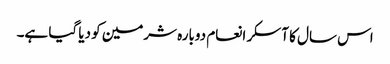
اس سال کا آسکر انعام دوبارہ شرمین کو دیا گیا ہے۔